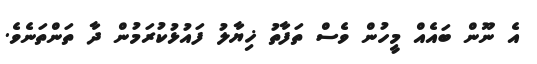
އެ ނޫން ބައެއް މީހުން ވެސް ތަފާތު ޚިޔާލު ފައުޅުކުރަމުން ދާ ތަންތަނެވެ.